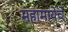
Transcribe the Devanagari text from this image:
महामायेचे